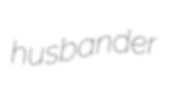
husbander